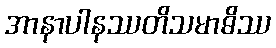
အာနာပါနဿတိသမာဓိဿ